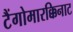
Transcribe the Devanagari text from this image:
टैंगोमारक्किनाट